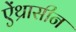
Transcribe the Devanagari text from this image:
ऐंथ्रासीन